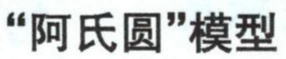
“阿氏圆”模型